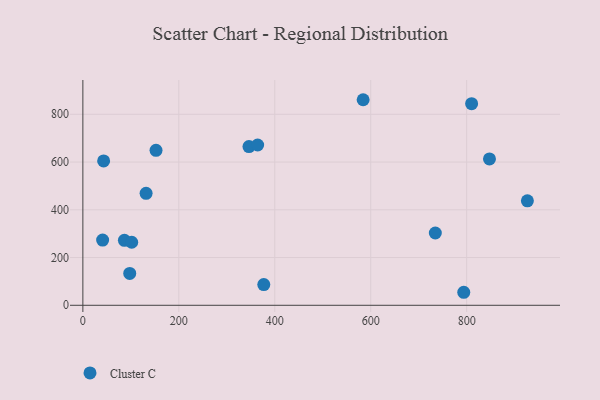
{"axis": {"x": "Speed", "y": "Fuel Efficiency"}, "legend": ["Cluster C"], "data": [{"x": "41.2", "y": 273.2, "type": "Cluster C"}, {"x": "131.8", "y": 468.8, "type": "Cluster C"}, {"x": "346.2", "y": 664.7, "type": "Cluster C"}, {"x": "86.6", "y": 272.2, "type": "Cluster C"}, {"x": "152.5", "y": 649.1, "type": "Cluster C"}, {"x": "926.5", "y": 437.4, "type": "Cluster C"}, {"x": "810.3", "y": 844.6, "type": "Cluster C"}, {"x": "101.8", "y": 264.0, "type": "Cluster C"}, {"x": "793.9", "y": 54.5, "type": "Cluster C"}, {"x": "364.3", "y": 671.4, "type": "Cluster C"}, {"x": "97.7", "y": 133.6, "type": "Cluster C"}, {"x": "734.6", "y": 302.7, "type": "Cluster C"}, {"x": "43.3", "y": 604.6, "type": "Cluster C"}, {"x": "584.2", "y": 861.0, "type": "Cluster C"}, {"x": "377.1", "y": 86.8, "type": "Cluster C"}, {"x": "847.5", "y": 613.2, "type": "Cluster C"}]}